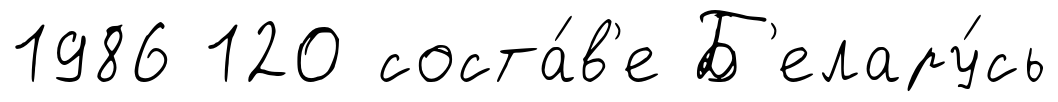
1986 120 соста́в'е Б'елару́сь